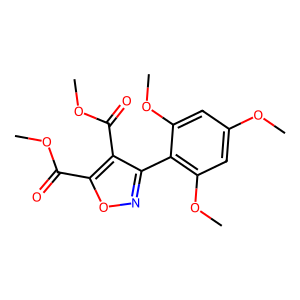
SMILES: COC(=O)c1onc(-c2c(OC)cc(OC)cc2OC)c1C(=O)OC
Inhibits HIV replication: No